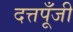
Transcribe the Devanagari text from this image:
दत्तपूँजी